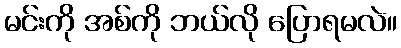
မင်းကို အစ်ကို ဘယ်လို ပြောရမလဲ။